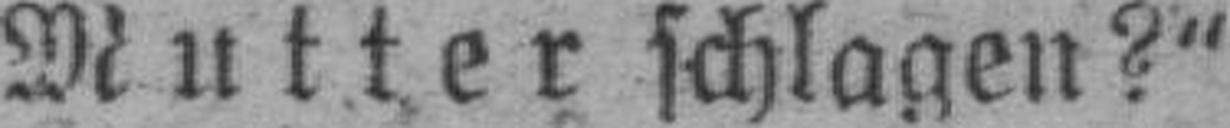
Mutter schlagen?“